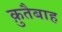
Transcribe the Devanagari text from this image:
क़ुतैबाह